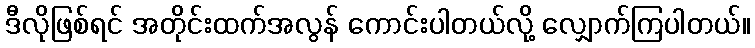
ဒီလိုဖြစ်ရင် အတိုင်းထက်အလွန် ကောင်းပါတယ်လို့ လျှောက်ကြပါတယ်။